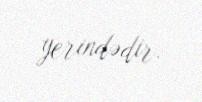
yerindədir.